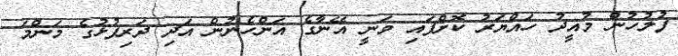
ފުލުހުން މުއީދު ހައްޔަރު ކޮށްފައި ވަނީ އޭނާގެ އަންހެނުން އަދި ދަރިފުޅުގެ މަންމަ